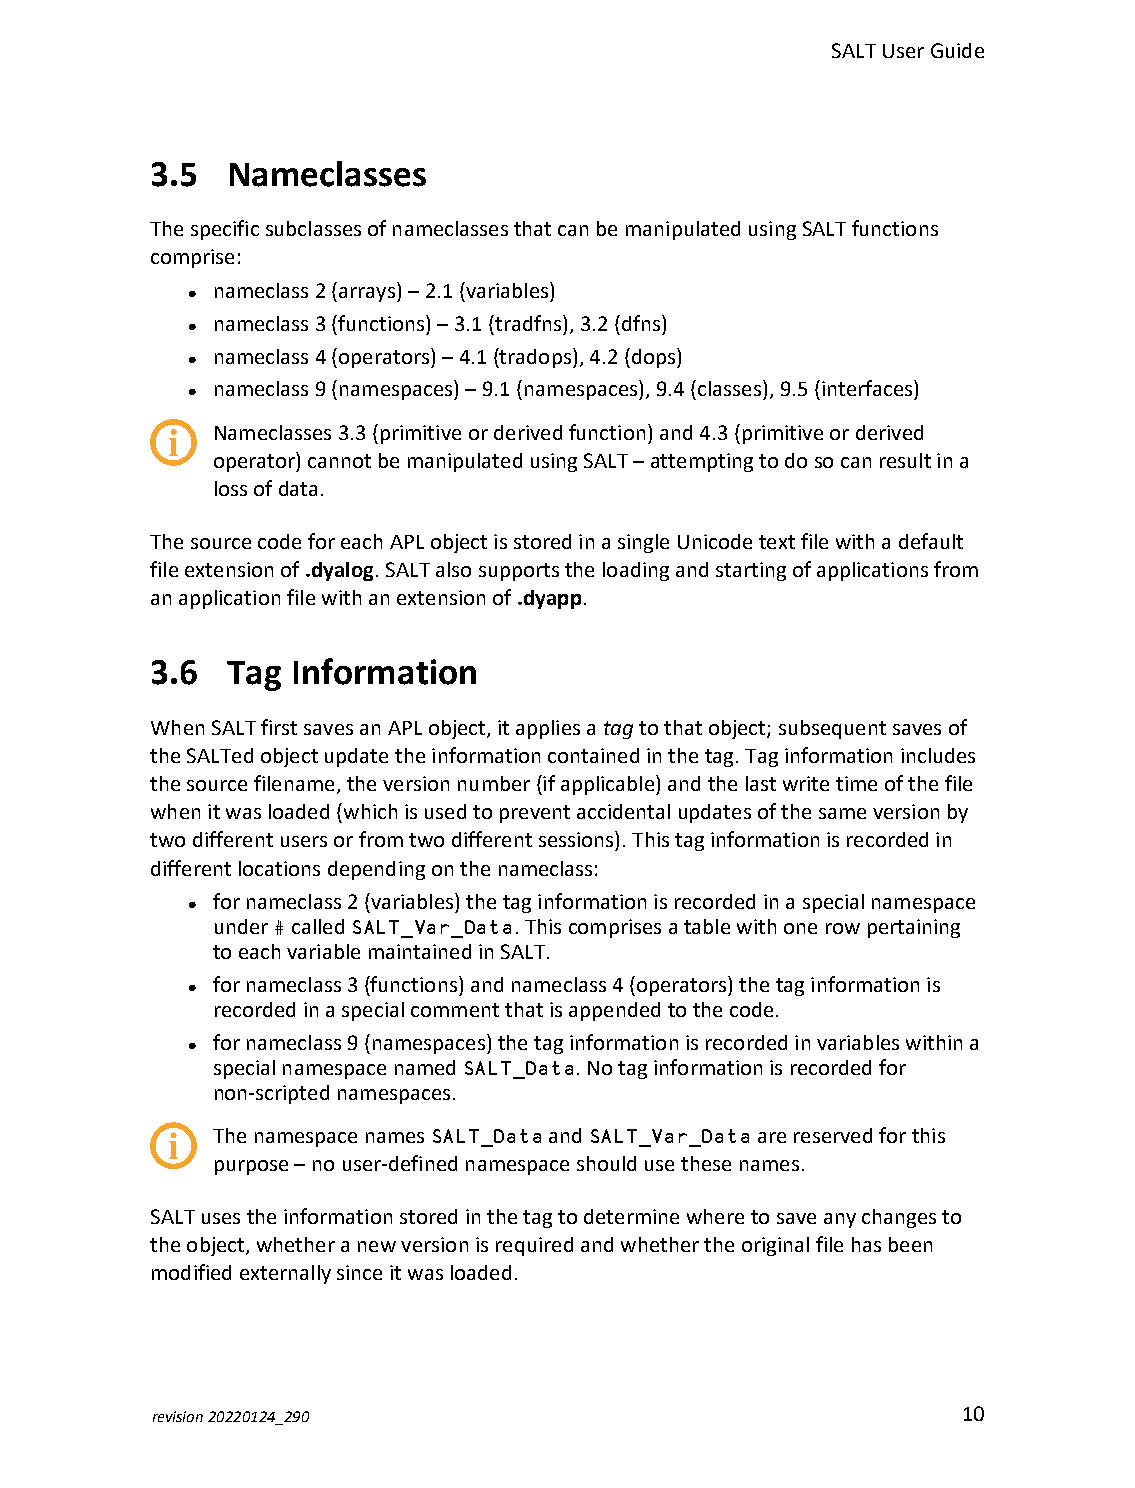
SALTUserGuide
 3.5  Nameclasses
 ThespecificsubclassesofnameclassesthatcanbemanipulatedusingSALTfunctions
 comprise:
 nameclass2 (arrays)–2.1 (variables)
 l
 nameclass3 (functions)–3.1 (tradfns),3.2 (dfns)
 l
 nameclass4 (operators)–4.1 (tradops),4.2 (dops)
 l
 nameclass9 (namespaces)–9.1 (namespaces),9.4 (classes),9.5 (interfaces)
 l
 Nameclasses3.3(primitiveorderivedfunction)and4.3(primitiveorderived
 operator)cannotbemanipulatedusingSALT–attemptingtodosocanresultina
 lossofdata.
 ThesourcecodeforeachAPLobjectisstoredinasingleUnicodetextfilewithadefault
 fileextensionof.dyalog.SALTalsosupportstheloadingandstartingofapplicationsfrom
 anapplicationfilewithanextensionof.dyapp.
 3.6  Tag Information
 WhenSALTfirstsavesanAPLobject,itappliesatagtothatobject;subsequentsavesof
 theSALTedobjectupdatetheinformationcontainedinthetag.Taginformationincludes
 thesourcefilename,theversionnumber(ifapplicable)andthelastwritetimeofthefile
 whenitwasloaded(whichisusedtopreventaccidentalupdatesofthesameversionby
 twodifferentusersorfromtwodifferentsessions).Thistaginformationisrecordedin
 differentlocationsdependingonthenameclass:
 fornameclass2(variables)thetaginformationisrecordedinaspecialnamespace
 l
 under#calledSALT_Var_Data.Thiscomprisesatablewithonerowpertaining
 toeachvariablemaintainedinSALT.
 fornameclass3(functions)andnameclass4(operators)thetaginformationis
 l
 recordedinaspecialcommentthatisappendedtothecode.
 fornameclass9(namespaces)thetaginformationisrecordedinvariableswithina
 l
 specialnamespacenamedSALT_Data.Notaginformationisrecordedfor
 non-scriptednamespaces.
 ThenamespacenamesSALT_DataandSALT_Var_Dataarereservedforthis
 purpose–nouser-definednamespaceshouldusethesenames.
 SALTusestheinformationstoredinthetagtodeterminewheretosaveanychangesto
 theobject,whetheranewversionisrequiredandwhethertheoriginalfilehasbeen
 modifiedexternallysinceitwasloaded.
 revision20220124_290                                  10